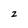
Character: z